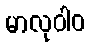
မာလုဝါဝ